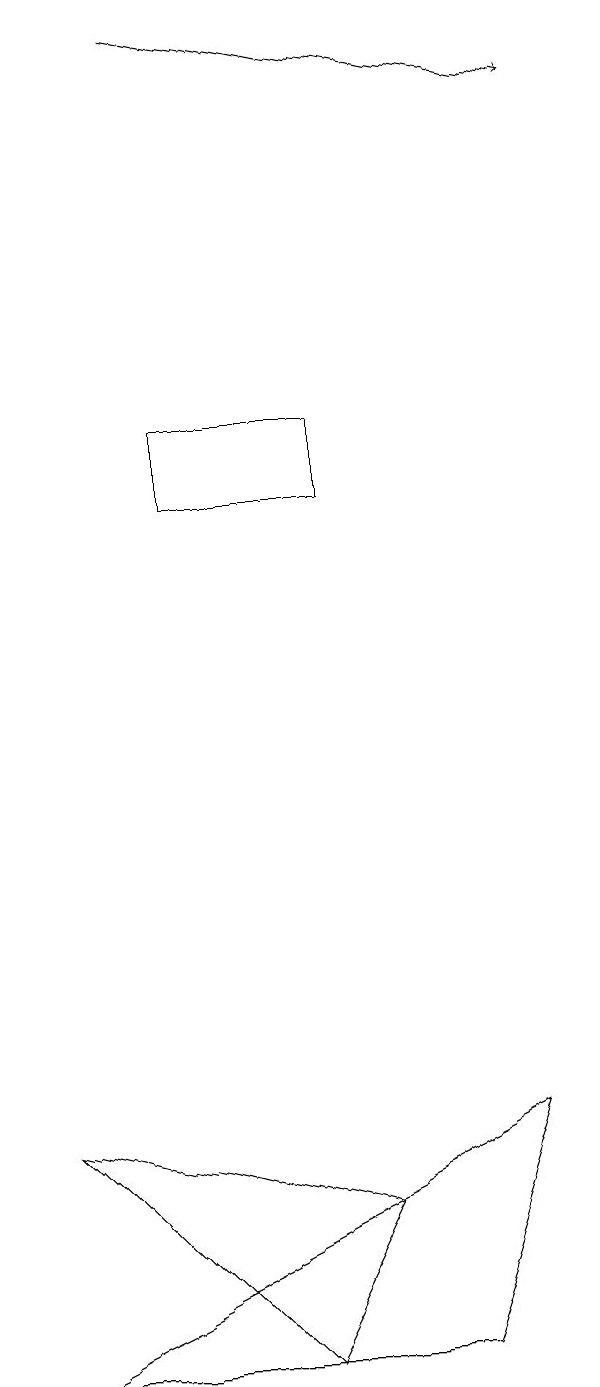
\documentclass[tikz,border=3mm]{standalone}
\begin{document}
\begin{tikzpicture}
\draw (6,12) rectangle (4,13);
\draw (6,3) -- (5,1) -- (2,4) -- cycle;
\draw[->] (4,18) -- (9,17);
\draw (2,1) -- (8,4) -- (7,1) -- cycle;
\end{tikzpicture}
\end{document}